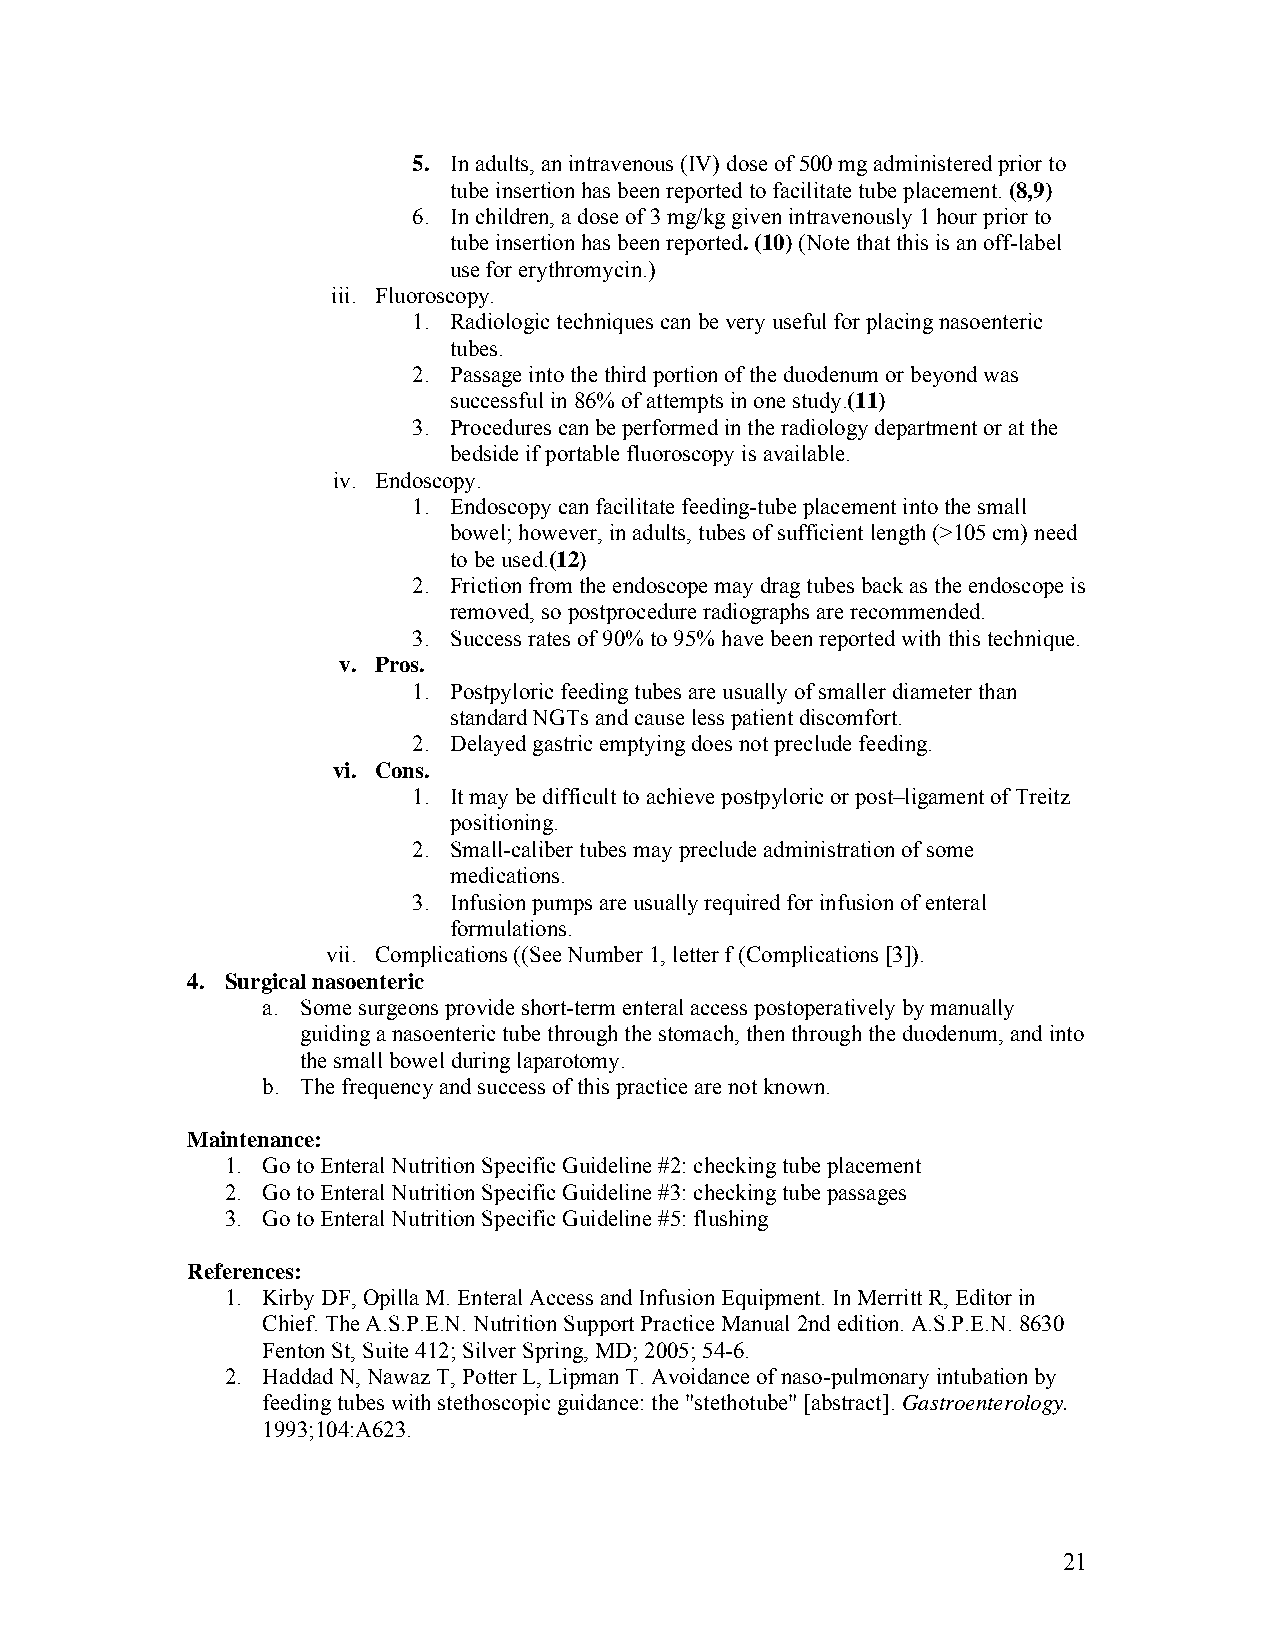
5. In adults, an intravenous (IV) dose of 500 mg administered prior to
 tube insertion has been reported to facilitate tube placement. (8,9)
 6. In children, a dose of 3 mg/kg given intravenously 1 hour prior to
 tube insertion has been reported. (10) (Note that this is an off-label
 use for erythromycin.)
 iii. Fluoroscopy.
 1. Radiologic techniques can be very useful for placing nasoenteric
 tubes.
 2. Passage into the third portion of the duodenum or beyond was
 successful in 86% of attempts in one study.(11)
 3. Procedures can be performed in the radiology department or at the
 bedside if portable fluoroscopy is available.
 iv. Endoscopy.
 1. Endoscopy can facilitate feeding-tube placement into the small
 bowel; however, in adults, tubes of sufficient length (>105 cm) need
 to be used.(12)
 2. Friction from the endoscope may drag tubes back as the endoscope is
 removed, so postprocedure radiographs are recommended.
 3. Success rates of 90% to 95% have been reported with this technique.
 v. Pros.
 1. Postpyloric feeding tubes are usually of smaller diameter than
 standard NGTs and cause less patient discomfort.
 2. Delayed gastric emptying does not preclude feeding.
 vi. Cons.
 1. It may be difficult to achieve postpyloric or post–ligament of Treitz
 positioning.
 2. Small-caliber tubes may preclude administration of some
 medications.
 3. Infusion pumps are usually required for infusion of enteral
 formulations.
 vii. Complications ((See Number 1, letter f (Complications [3]).
 4. Surgical nasoenteric
 a. Some surgeons provide short-term enteral access postoperatively by manually
 guiding a nasoenteric tube through the stomach, then through the duodenum, and into
 the small bowel during laparotomy.
 b. The frequency and success of this practice are not known.
 Maintenance:
 1. Go to Enteral Nutrition Specific Guideline #2: checking tube placement
 2. Go to Enteral Nutrition Specific Guideline #3: checking tube passages
 3. Go to Enteral Nutrition Specific Guideline #5: flushing
 References:
 1. Kirby DF, Opilla M. Enteral Access and Infusion Equipment. In Merritt R, Editor in
 Chief. The A.S.P.E.N. Nutrition Support Practice Manual 2nd edition. A.S.P.E.N. 8630
 Fenton St, Suite 412; Silver Spring, MD; 2005; 54-6.
 2. Haddad N, Nawaz T, Potter L, Lipman T. Avoidance of naso-pulmonary intubation by
 feeding tubes with stethoscopic guidance: the "stethotube" [abstract]. Gastroenterology.
 1993;104:A623.
 21